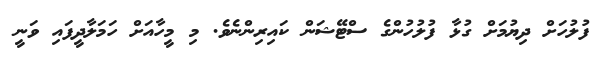
ފުލުހަށް ދިޔުމަށް ގުޅާ ފުލުހުންގެ ސްޓޭޝަން ކައިރިންނެވެ. މި މީހާއަށް ހަމަލާދީފައި ވަނީ